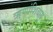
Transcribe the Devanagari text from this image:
ऋणांशिवाय